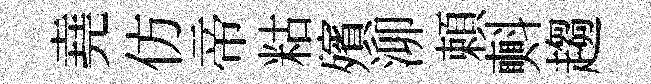
堯仿帝䊀殯泖頼㪺趨